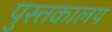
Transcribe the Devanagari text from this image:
पुस्त्तकालय